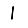
Digit: 1